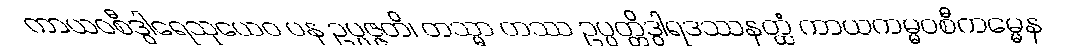
ကာယဝစီဒွါရေသုယေဝ ပန ဥပ္ပဇ္ဇတိ၊ တသ္မာ တဿ ဥပ္ပတ္တိဒွါရဒဿနတ္ထံ ကာယကမ္မဝစီကမ္မေန